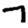
Digit: 7